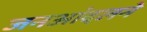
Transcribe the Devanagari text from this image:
जनआंदलने